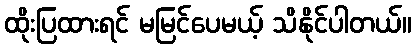
ထိုးပြထားရင် မမြင်ပေမယ့် သိနိုင်ပါတယ်။